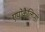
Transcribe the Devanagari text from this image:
एपोकैलिप्सो